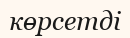
көрсетді